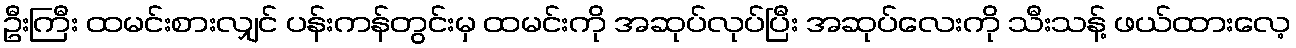
ဦးကြီး ထမင်းစားလျှင် ပန်းကန်တွင်းမှ ထမင်းကို အဆုပ်လုပ်ပြီး အဆုပ်လေးကို သီးသန့် ဖယ်ထားလေ့